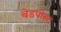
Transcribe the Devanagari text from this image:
बेडपोस्ट